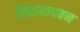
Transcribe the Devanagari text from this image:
विद्यामाधवन